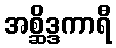
အစ္ဆိဒ္ဒကာရီ